Scientific memoirs by medical officers of the Army of India - Part V,
Year: 1890
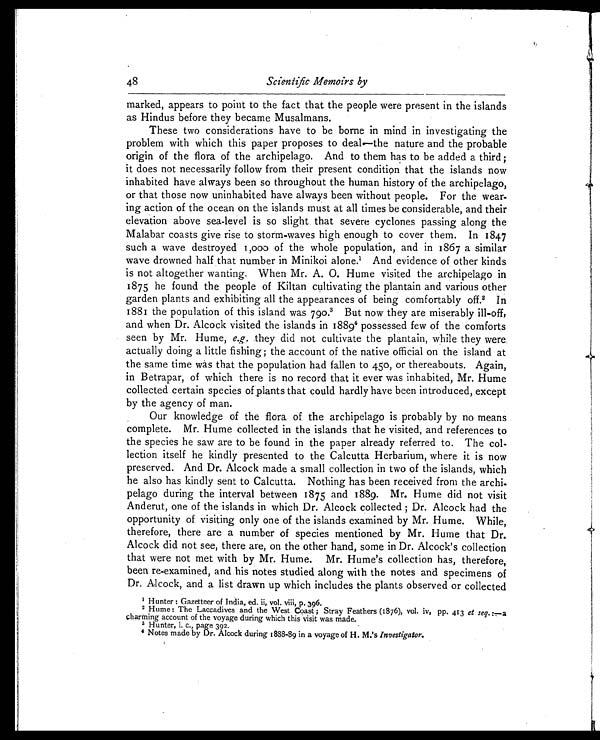
48
Scientific Memoirs by
marked, appears to point to the fact that the people were present in the islands
as Hindus before they became Musalmans.
These two considerations have to be borne in mind in investigating the
problem with which this paper proposes to deal—the nature and the probable
origin of the flora of the archipelago. And to them has to be added a third;
it does not necessarily follow from their present condition that the islands now
inhabited have always been so throughout the human history of the archipelago,
or that those now uninhabited have always been without people. For the wear
-ing action of the ocean on the islands must at all times be considerable, and their
elevation above sea-level is so slight that severe cyclones passing along the
Malabar coasts give rise to storm-waves high enough to cover them. In 1847
such a wave destroyed 1,000 of the whole population, and in 1867 a similar
wave drowned half that number in Minikoi alone. 1 A n d e v i d e n c e o f o t h e r k i n d s
is not altogether wanting. When Mr. A. O. Hume visited the archipelago in
1875 he found the people of Kiltan cultivating the plantain and various other
garden plants and exhibiting all the appearances of being comfortably off.2 I n
1881 the population of this island was 790. 3 But now they are miserably ill-off,
and when Dr. Alcock visited the islands in 18894 possessed few of the comforts
seen by Mr. Hume, e.g. they did not cultivate the plantain, while they were,
actually doing a little fishing; the account of the native official on the island at
the same time was that the population had fallen to 450, or thereabouts. Again,
in Betrapar, of which there is no record that it ever was inhabited, Mr. Hume
collected certain species of plants that could hardly have been introduced, except
by the agency of man.
Our knowledge of the flora of the archipelago is probably by no means
complete. Mr. Hume collected in the islands that he visited, and references to
the species he saw are to be found in the paper already referred to. The col
-lection itself he kindly presented to the Calcutta Herbarium, where it is now
preserved. And Dr. Alcock made a small collection in two of the islands, which
he also has kindly sent to Calcutta. Nothing has been received from the archi
-pelago during the interval between 1875 and 1889. Mr. Hume did not visit
Anderut, one of the islands in which Dr. Alcock collected; Dr. Alcock had the
opportunity of visiting only one of the islands examined by Mr. Hume. While,
therefore, there are a number of species mentioned by Mr. Hume that Dr.
Alcock did not see, there are, on the other hand, some in Dr. Alcock's collection
that were not met with by Mr. Hume. Mr. Hume's collection has, therefore,
been re-examined, and his notes studied along with the notes and specimens of
Dr. Alcock, and a list drawn up which includes the plants observed or collected
1 Hunter: Gazetteer of India, ed. ii, vol. viii, p. 396.
2 Hume: The Laccadives and the West Coast; Stray Feathers (1876), vol. iv, pp. 413 et seg.:—a
charming account of the voyage during which this visit was made.
3 Hunter, l. c., page 392.
4 Notes made by Dr. Alcock during 1888-89 in a voyage of H. M.'s Investigator.